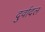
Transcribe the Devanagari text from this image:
दुर्वादल